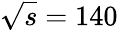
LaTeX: \sqrt{s}=140